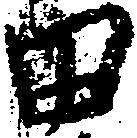
田